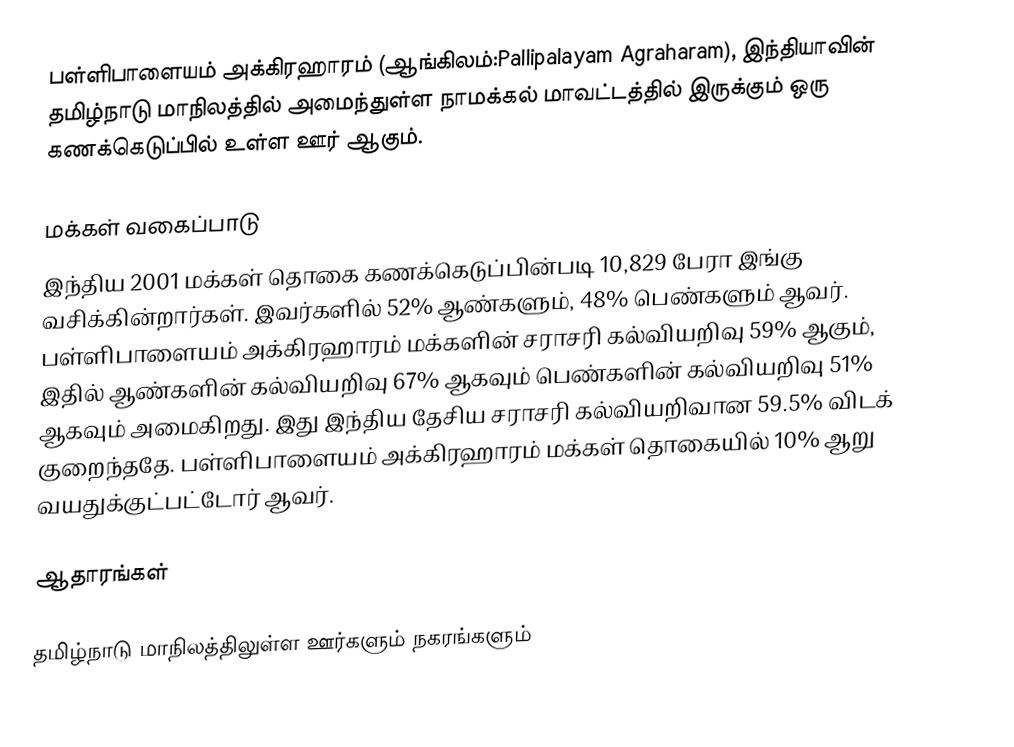
பள்ளிபாளையம் அக்கிரஹாரம் (ஆங்கிலம்:Pallipalayam Agraharam), இந்தியாவின் தமிழ்நாடு மாநிலத்தில் அமைந்துள்ள நாமக்கல் மாவட்டத்தில் இருக்கும் ஒரு கணக்கெடுப்பில் உள்ள ஊர்  ஆகும்.

மக்கள் வகைப்பாடு
இந்திய 2001 மக்கள் தொகை கணக்கெடுப்பின்படி 10,829 பேரா இங்கு வசிக்கின்றார்கள். இவர்களில் 52% ஆண்களும், 48% பெண்களும் ஆவர். பள்ளிபாளையம் அக்கிரஹாரம் மக்களின் சராசரி கல்வியறிவு 59% ஆகும்,  இதில் ஆண்களின் கல்வியறிவு 67% ஆகவும்  பெண்களின் கல்வியறிவு 51% ஆகவும் அமைகிறது. இது இந்திய தேசிய சராசரி கல்வியறிவான 59.5% விடக் குறைந்ததே. பள்ளிபாளையம் அக்கிரஹாரம் மக்கள் தொகையில் 10%  ஆறு வயதுக்குட்பட்டோர் ஆவர்.

ஆதாரங்கள்

 தமிழ்நாடு மாநிலத்திலுள்ள ஊர்களும் நகரங்களும்